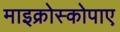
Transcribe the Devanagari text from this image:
माइक्रोस्कोपाए